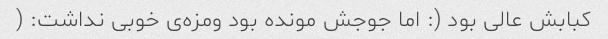
کبابش عالی بود (: اما جوجش مونده بود ومزه‌ی خوبی نداشت: (